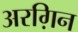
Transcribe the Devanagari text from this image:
अरग़िन